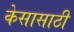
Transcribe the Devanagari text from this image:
केसासाठी